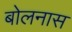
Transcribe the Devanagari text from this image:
बोलनास